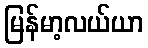
မြန်မာ့လယ်ယာ